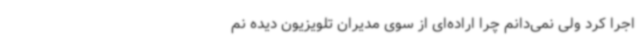
اجرا کرد ولی نمی‌دانم چرا اراده‌ای از سوی مدیران تلویزیون دیده نم